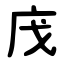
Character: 㡲